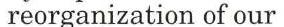
reorganization of our